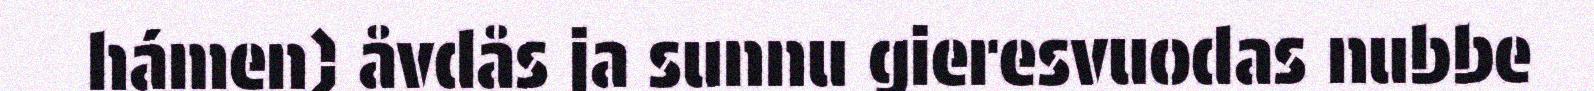
hámen) åvdås ja sunnu gieresvuodas nubbe